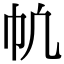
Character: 㠶